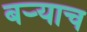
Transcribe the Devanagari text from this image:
बऱ्‍याच